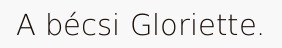
A bécsi Gloriette.